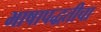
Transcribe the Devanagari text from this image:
भाषापद्धतीचा